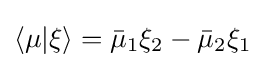
\langle \mu |\xi \rangle ={\bar {\mu }}_{1}\xi _{2}-{\bar {\mu }}_{2}\xi _{1}